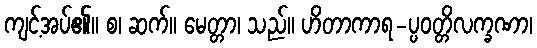
ကျင့်အပ်၏။ စ၊ ဆက်။ မေတ္တာ၊ သည်။ ဟိတာကာရ-ပ္ပဝတ္တိလက္ခဏာ၊